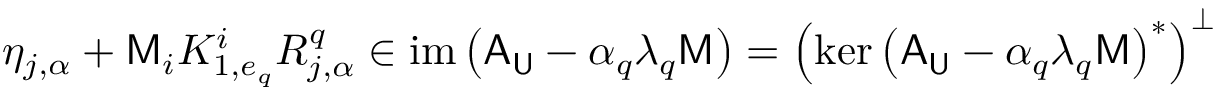
\eta _ { j , \alpha } + \mathsf { M } _ { i } K _ { 1 , e _ { q } } ^ { i } R _ { j , \alpha } ^ { q } \in \mathrm { i m } \left( \mathsf { A } _ { \mathsf { U } } - \alpha _ { q } \lambda _ { q } \mathsf { M } \right) = \left( \mathrm { k e r } \left( \mathsf { A } _ { \mathsf { U } } - \alpha _ { q } \lambda _ { q } \mathsf { M } \right) ^ { * } \right) ^ { \perp }